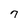
Character: 7